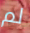
لم